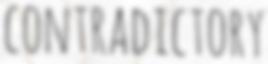
CONTRADICTORY